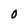
Character: 0